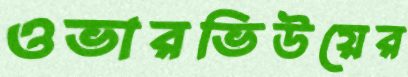
ওভারভিউয়ের